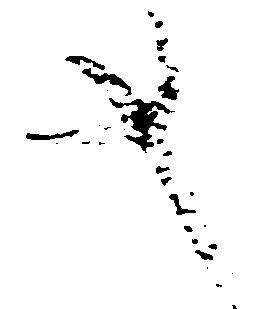
文